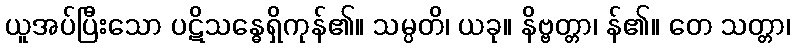
ယူအပ်ပြီးသော ပဋိသန္ဓေရှိကုန်၏။ သမ္ပတိ၊ ယခု။ နိဗ္ဗတ္တာ၊ န်၏။ တေ သတ္တာ၊